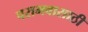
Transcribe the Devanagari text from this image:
पराभवासाठी